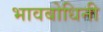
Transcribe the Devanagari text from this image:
भावबोधिनी